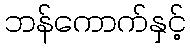
ဘန်ကောက်နှင့်